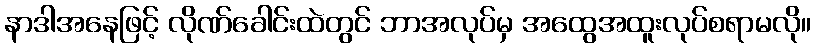
နာဒါအနေဖြင့် လိုဏ်ခေါင်းထဲတွင် ဘာအလုပ်မှ အထွေအထူးလုပ်စရာမလို။